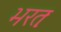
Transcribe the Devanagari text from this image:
भरतः